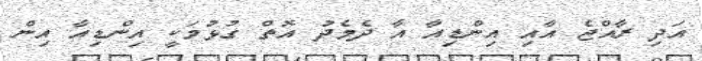
އަދި ރާއްޖެ އާއި އިންޑިއާ އާ ދެމެދު އޮތް ގުޅުމަކީ އިންޑިއާ އިން